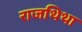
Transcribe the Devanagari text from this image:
राजथिथा